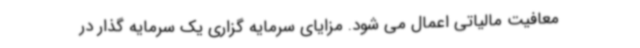
معافیت مالیاتی اعمال می شود. مزایای سرمایه گزاری یک سرمایه گذار در